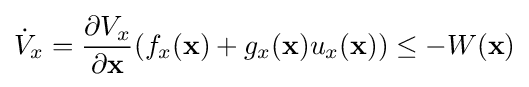
{\dot {V}}_{x}={\frac {\partial V_{x}}{\partial \mathbf {x} }}(f_{x}(\mathbf {x} )+g_{x}(\mathbf {x} )u_{x}(\mathbf {x} ))\leq -W(\mathbf {x} )